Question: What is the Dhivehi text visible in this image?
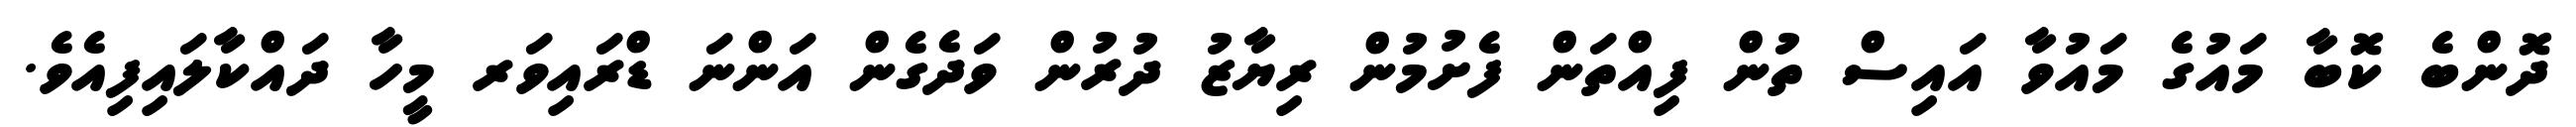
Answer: ދޮންބެ ކޮބާ މައުގެ މައުވާ އައިސް ތުން ފިއްތަން ފެށުމުން ރިޔާޒު ދުރުން ވަދެގެން އަންނަ ޑްރައިވަރ މީހާ ދައްކާލައިފިއެވެ.